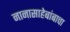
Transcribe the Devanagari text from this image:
नानासाहेबांबाचा